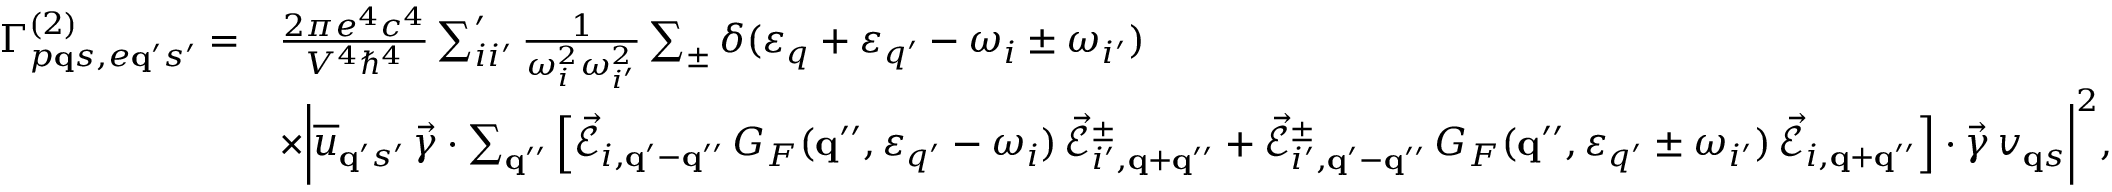
\begin{array} { r l } { \Gamma _ { p { \bf q } s , e { \bf q } ^ { \prime } s ^ { \prime } } ^ { ( 2 ) } = } & { \frac { 2 \pi e ^ { 4 } c ^ { 4 } } { V ^ { 4 } \hbar ^ { 4 } } \sum _ { i i ^ { \prime } } ^ { \prime } \frac { 1 } { \omega _ { i } ^ { 2 } \omega _ { i ^ { \prime } } ^ { 2 } } \sum _ { \pm } \delta ( \varepsilon _ { q } + \varepsilon _ { q ^ { \prime } } - \omega _ { i } \pm \omega _ { i ^ { \prime } } ) } \\ & { \times \bigg | \overline { { u } } _ { { \bf q } ^ { \prime } s ^ { \prime } } \, \vec { \gamma } \cdot \sum _ { { \bf q } ^ { \prime \prime } } \Big [ \vec { \mathcal { E } } _ { i , { \bf q } ^ { \prime } - { \bf q } ^ { \prime \prime } } \, G _ { F } ( { \bf q } ^ { \prime \prime } , \varepsilon _ { q ^ { \prime } } - \omega _ { i } ) \, \vec { \mathcal { E } } _ { i ^ { \prime } , { \bf q } + { \bf q } ^ { \prime \prime } } ^ { \pm } + \vec { \mathcal { E } } _ { i ^ { \prime } , { \bf q } ^ { \prime } - { \bf q } ^ { \prime \prime } } ^ { \pm } \, G _ { F } ( { \bf q } ^ { \prime \prime } , \varepsilon _ { q ^ { \prime } } \pm \omega _ { i ^ { \prime } } ) \, \vec { \mathcal { E } } _ { i , { \bf q } + { \bf q } ^ { \prime \prime } } \Big ] \cdot \vec { \gamma } \, v _ { { \bf q } s } \bigg | ^ { 2 } , } \end{array}